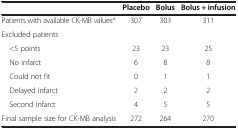
<table><thead><tr><td><b> </b></td><td><b>Placebo</b></td><td><b>Bolus</b></td><td><b>Bolus + infusion</b></td></tr></thead><tbody><tr><td>Patients with available CK-MB values<sup>a</sup></td><td>307</td><td>303</td><td>311</td></tr><tr><td colspan="4">Excluded patients</td></tr><tr><td> &lt;5 points</td><td>23</td><td>23</td><td>25</td></tr><tr><td> No infarct</td><td>6</td><td>8</td><td>8</td></tr><tr><td> Could not fit</td><td>0</td><td>1</td><td>1</td></tr><tr><td> Delayed infarct</td><td>2</td><td>2</td><td>2</td></tr><tr><td> Second infarct</td><td>4</td><td>5</td><td>5</td></tr><tr><td>Final sample size for CK-MB analysis</td><td>272</td><td>264</td><td>270</td></tr></tbody></table>